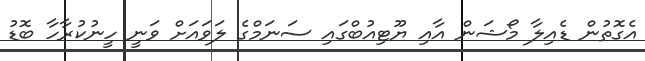
އެގޮތުން ޑެއިލާ މޯޝަން އާއި ޔޫޓިއުބްގައި ސަނަމްގެ ލަވައަށް ވަނީ ހީނުކުރާހާ ބޮޑު